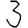
Digit: 3